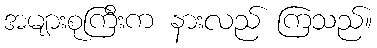
အများစုကြီးက နားလည် ကြသည်။